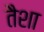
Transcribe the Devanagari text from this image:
तैशा